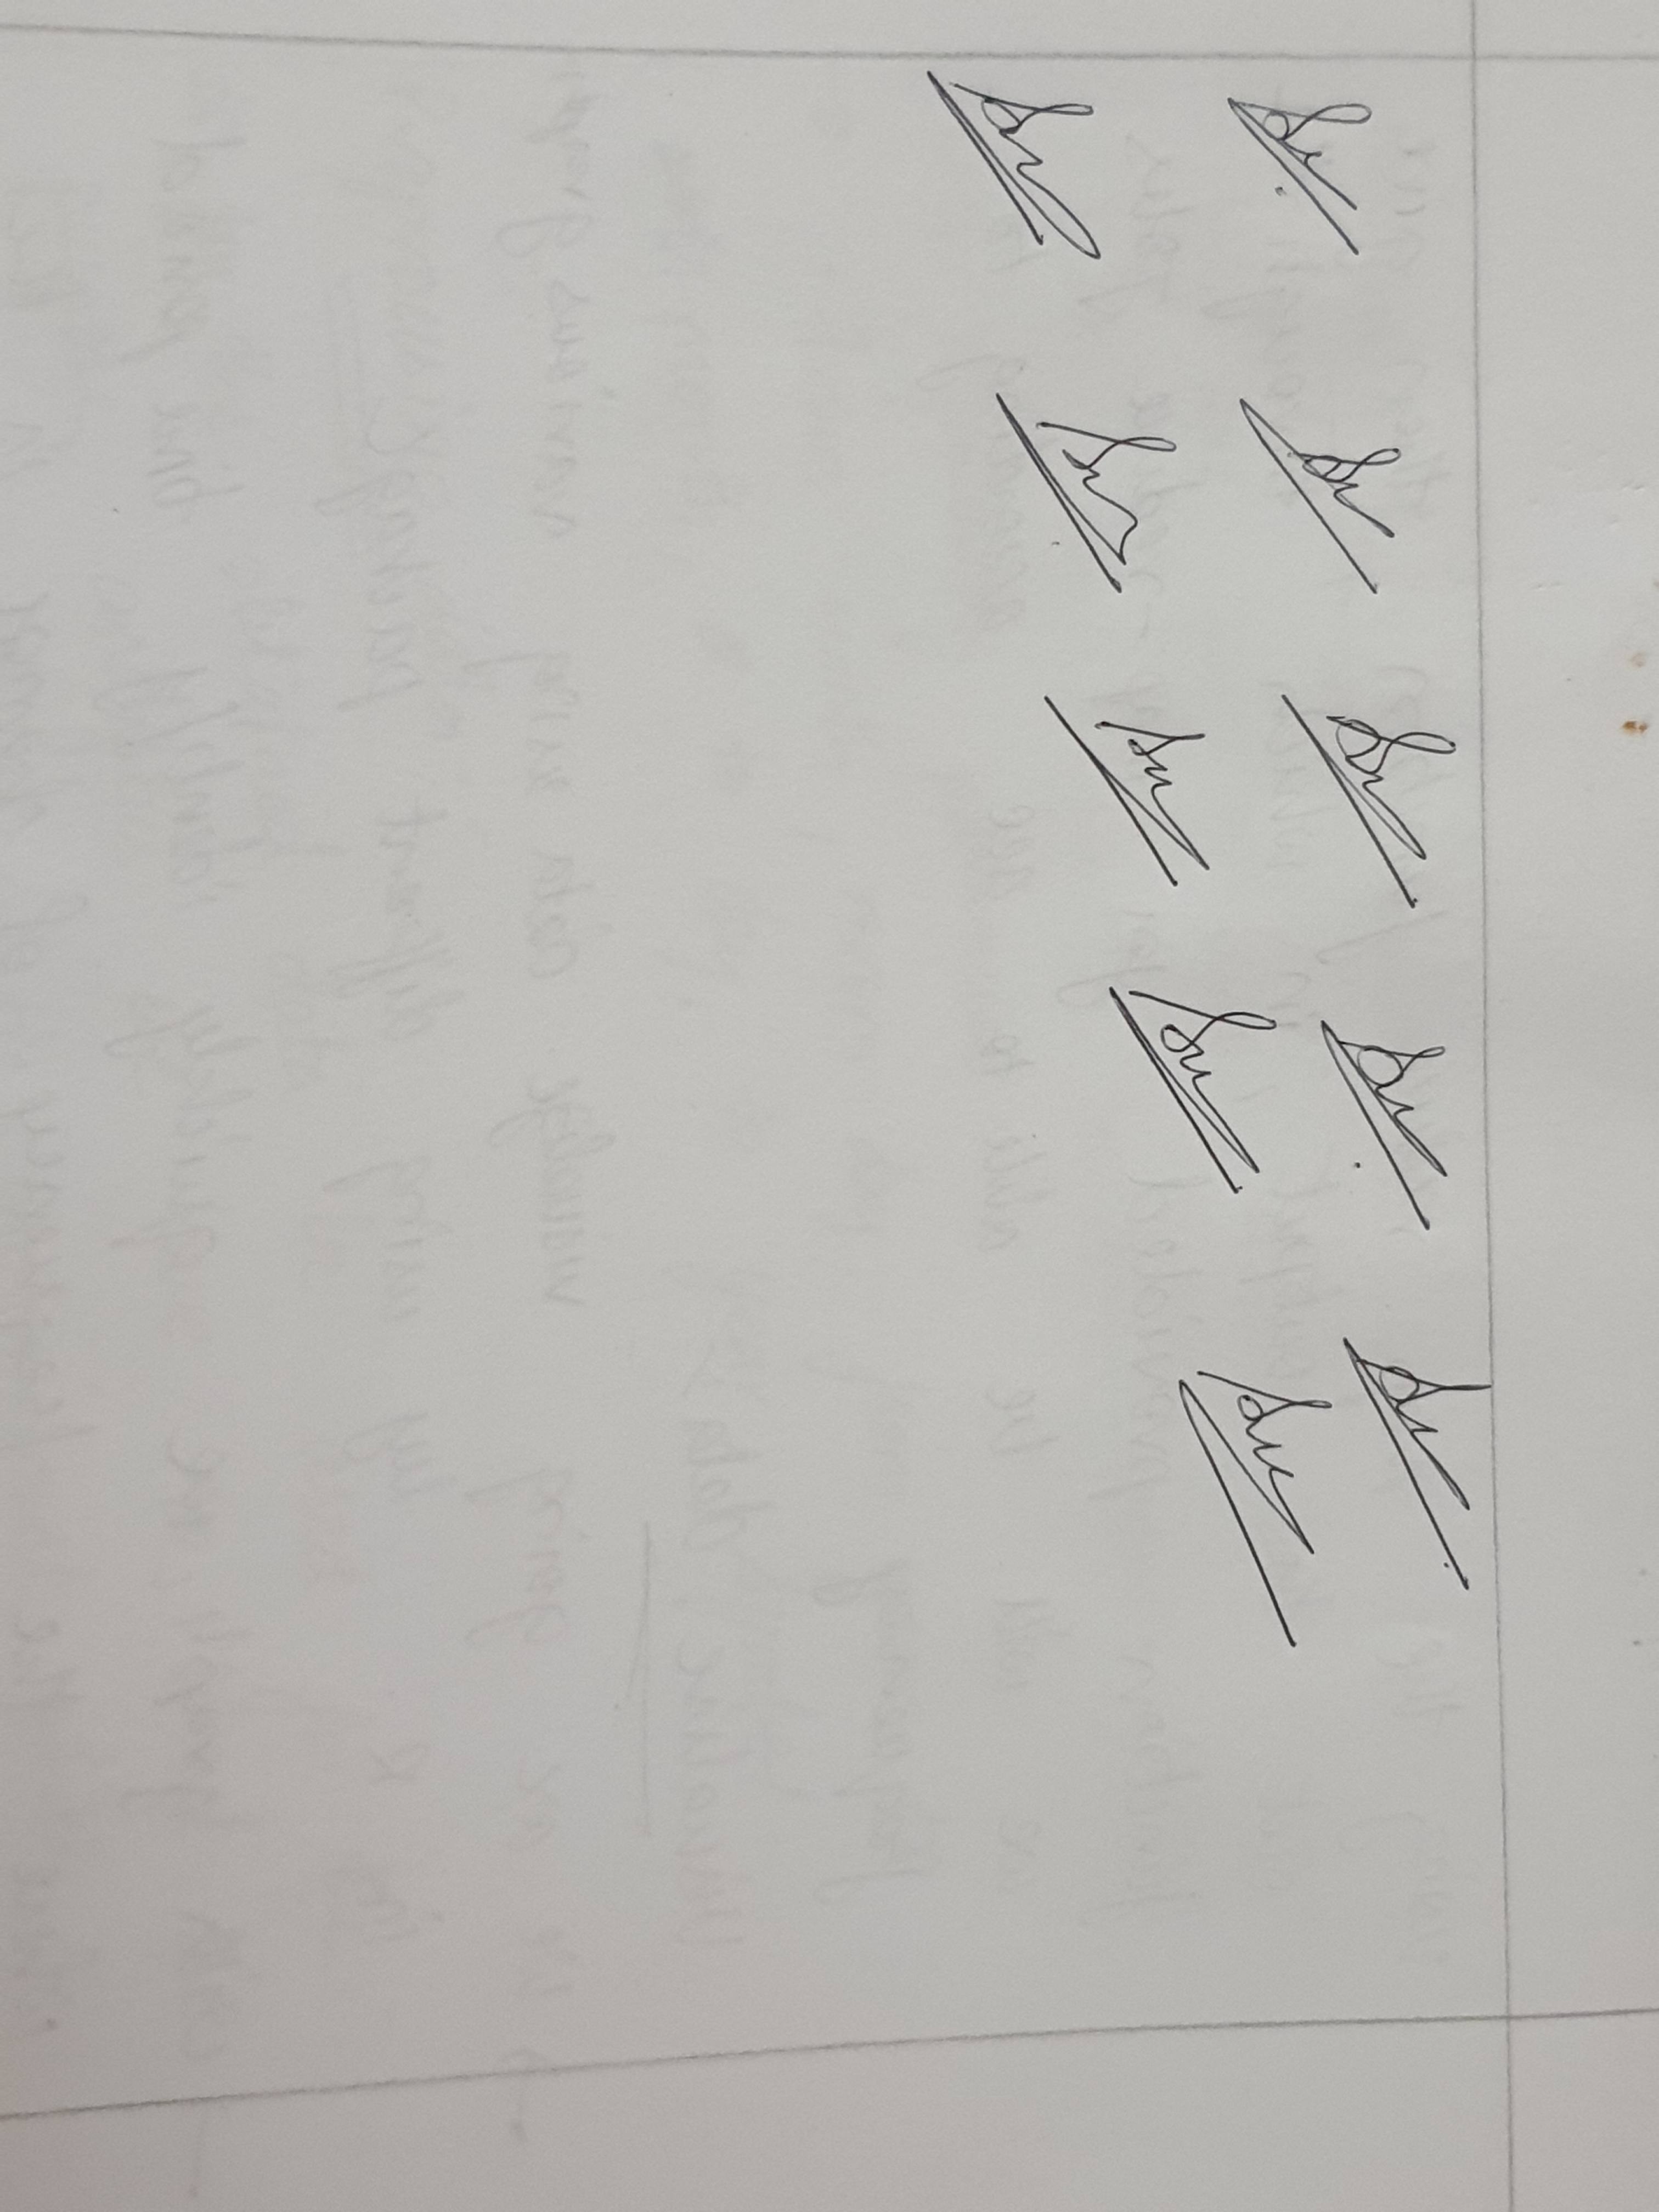
Signature authenticity: genuine